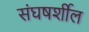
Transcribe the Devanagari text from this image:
संघषर्शील